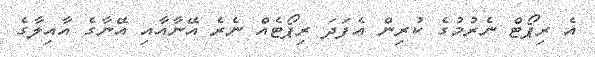
އެ ރިޕޯޓް ނެރުމުގެ ކުރިން އެފަދަ ރިޕޯޓެއް ނެރެ އޭނާއާއި އޭނާގެ އާއިލާގެ